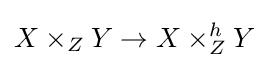
X\times _{Z}Y\to X\times _{Z}^{h}Y